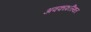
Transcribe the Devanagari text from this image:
अवकाशस्थित